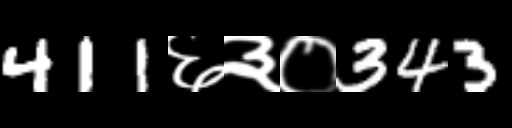
Text: 411६३०343